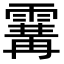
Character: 𩄢